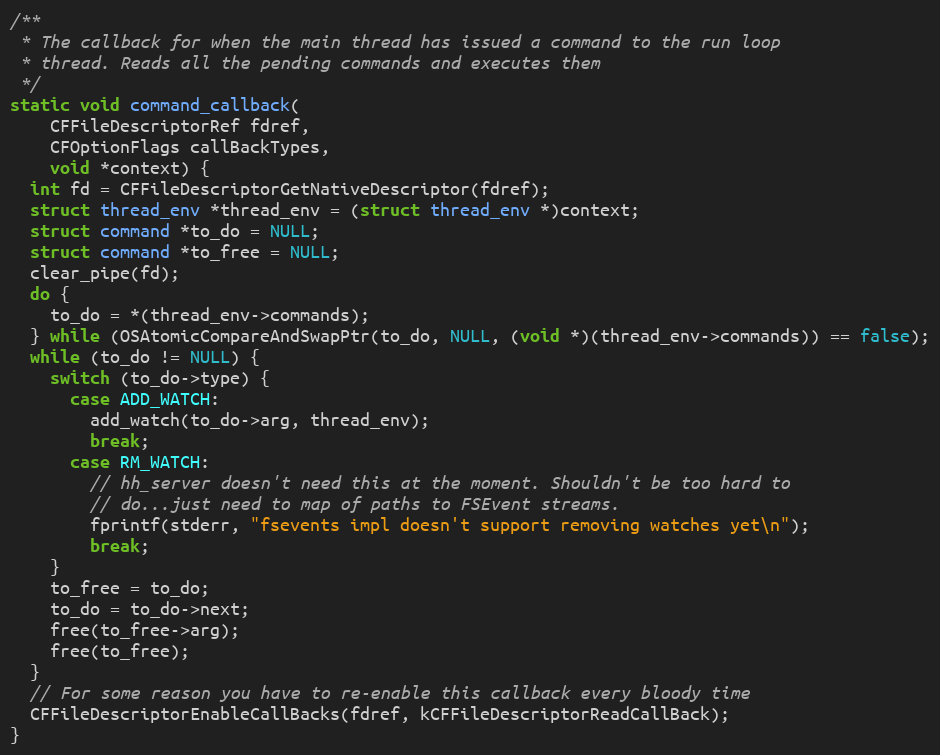
Language: C
/**
 * The callback for when the main thread has issued a command to the run loop
 * thread. Reads all the pending commands and executes them
 */
static void command_callback(
    CFFileDescriptorRef fdref,
    CFOptionFlags callBackTypes,
    void *context) {
  int fd = CFFileDescriptorGetNativeDescriptor(fdref);
  struct thread_env *thread_env = (struct thread_env *)context;
  struct command *to_do = NULL;
  struct command *to_free = NULL;
  clear_pipe(fd);
  do {
    to_do = *(thread_env->commands);
  } while (OSAtomicCompareAndSwapPtr(to_do, NULL, (void *)(thread_env->commands)) == false);
  while (to_do != NULL) {
    switch (to_do->type) {
      case ADD_WATCH:
        add_watch(to_do->arg, thread_env);
        break;
      case RM_WATCH:
        // hh_server doesn't need this at the moment. Shouldn't be too hard to
        // do...just need to map of paths to FSEvent streams.
        fprintf(stderr, "fsevents impl doesn't support removing watches yet\n");
        break;
    }
    to_free = to_do;
    to_do = to_do->next;
    free(to_free->arg);
    free(to_free);
  }
  // For some reason you have to re-enable this callback every bloody time
  CFFileDescriptorEnableCallBacks(fdref, kCFFileDescriptorReadCallBack);
}